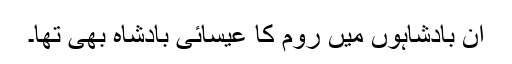
ان بادشاہوں میں روم کا عیسائی بادشاہ بھی تھا۔